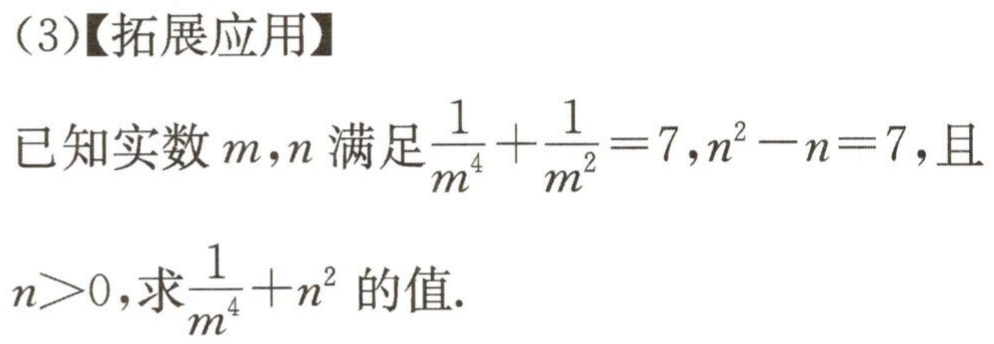
（3）【拓展应用】
已知实数\(m,n\)满足\(\frac{1}{m^{4}}+\frac{1}{m^{2}} = 7,n^{2}-n = 7\)，且
\(n>0\)，求\(\frac{1}{m^{4}}+n^{2}\)的值.